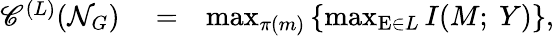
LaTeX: \begin{array}{rlr}{\mathscr{C}^{(L)}(\mathcal{N}_{G})}&{{}=}&{\operatorname*{max}_{\pi(m)}\left\{ \operatorname*{max}_{\mathrm{E}\in L}I(M;~Y)\right\} ,}\end{array}